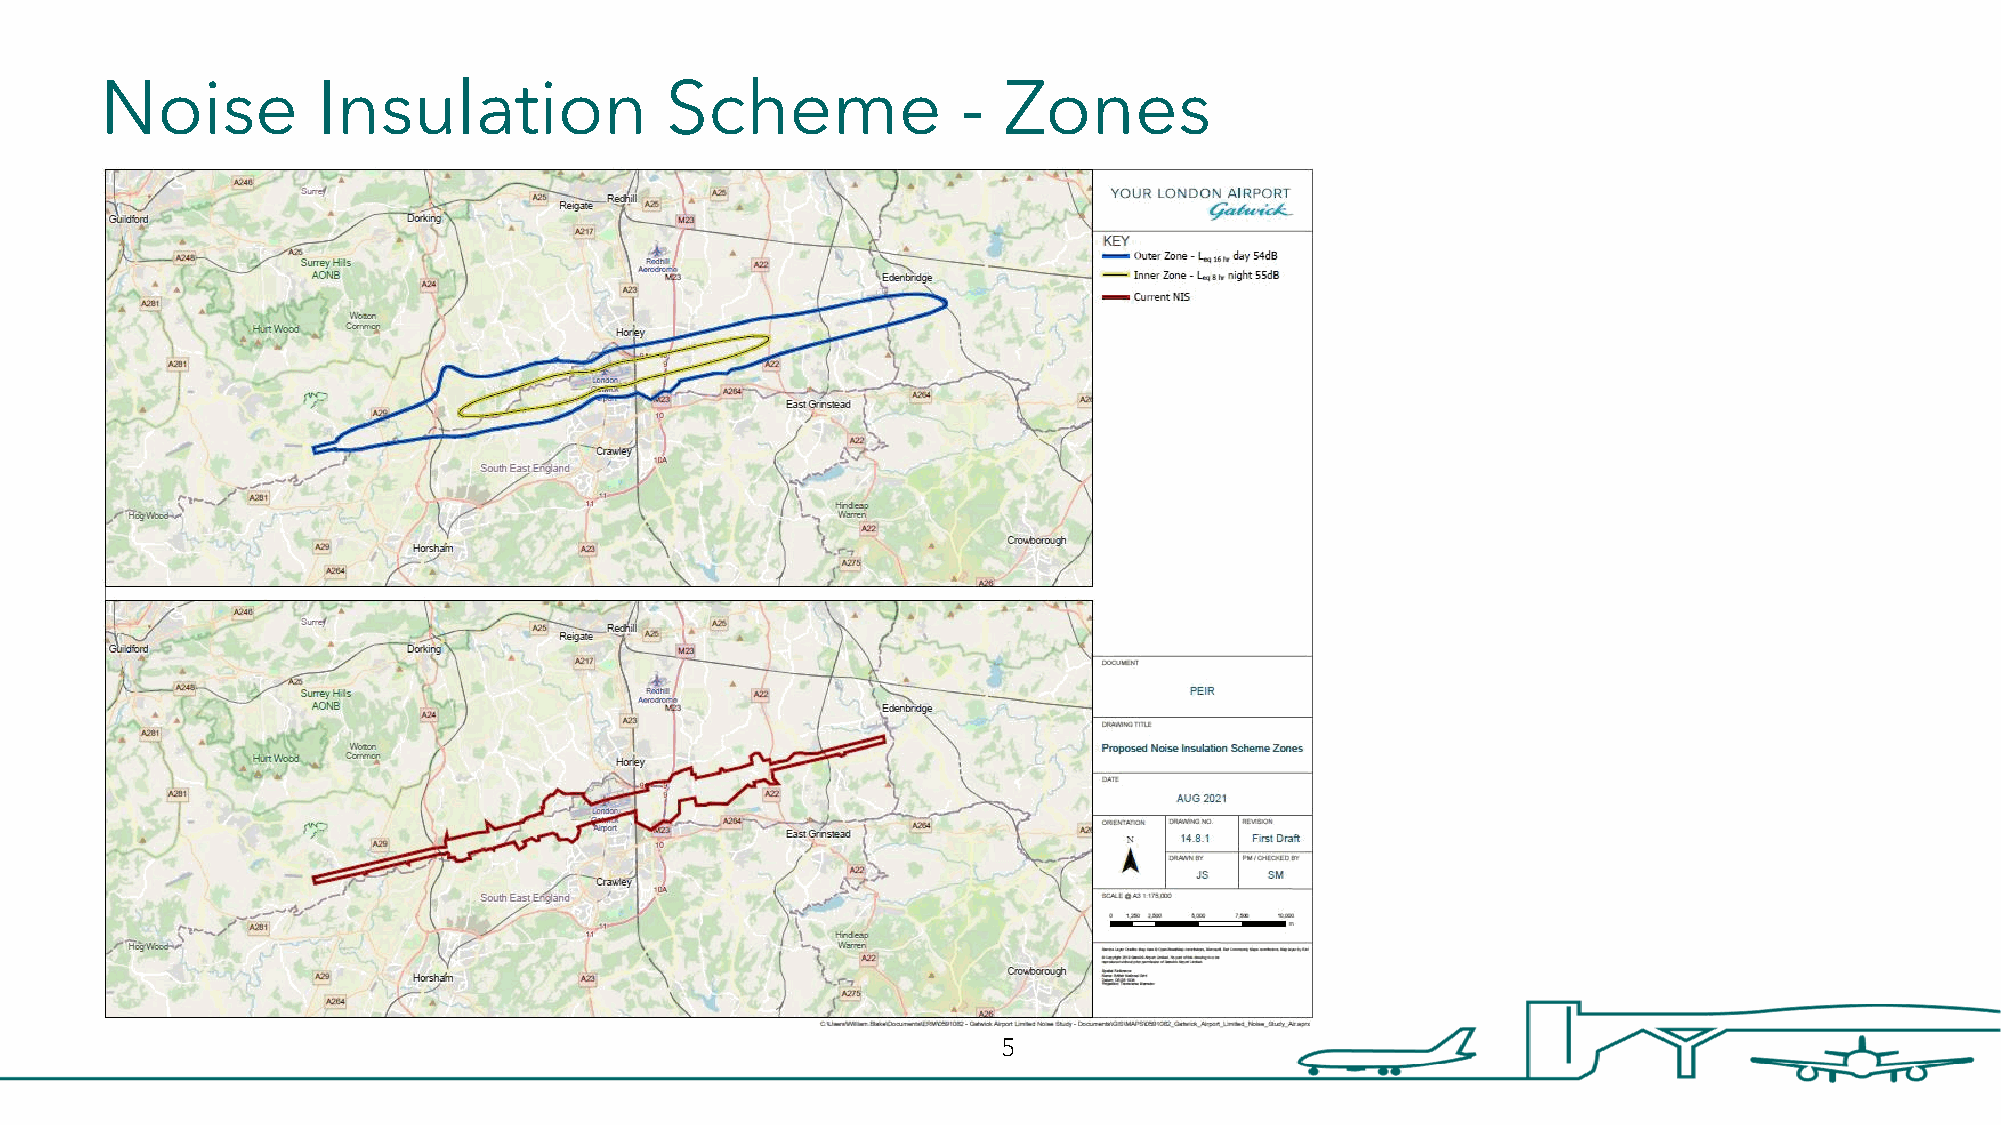
Noise         Insulation             Scheme              - Zones
 5